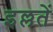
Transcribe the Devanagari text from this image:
इल्लतें